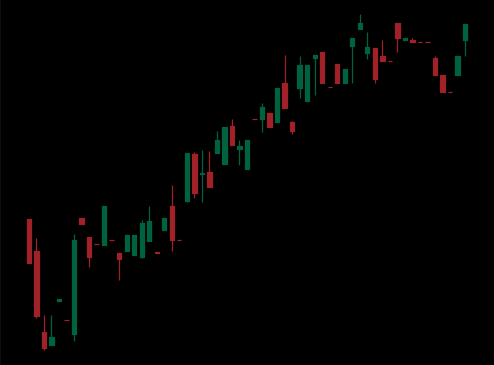
Pattern: bear_flag